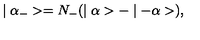
\mid \alpha _ { - } > = N _ { - } ( \mid \alpha > - \mid - \alpha > ) ,